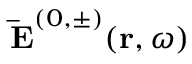
\mathbf { \, \bar { E } } ^ { ( 0 , \pm ) } ( \mathbf { r } , \omega )